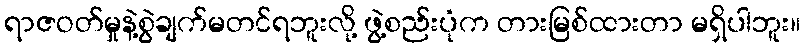
ရာဇဝတ်မှုနဲ့စွဲချက်မတင်ရဘူးလို့ ဖွဲ့စည်းပုံက တားမြစ်ထားတာ မရှိပါဘူး။